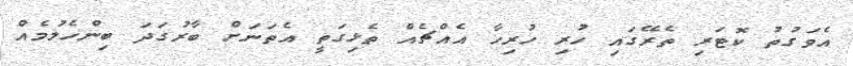
އެވަގުތު ކޮޓަރި ތެރޭގައި ހުރި ހުރިހާ އެއްޗެއް ތެޅިގަތީ އެތަނަށް ބާރުގަދަ ބިންހެލުމެއް